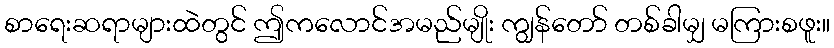
စာရေးဆရာများထဲတွင် ဤကလောင်အမည်မျိုး ကျွန်တော် တစ်ခါမျှ မကြားစဖူး။